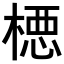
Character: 𪳉